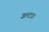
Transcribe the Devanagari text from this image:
उल्टा।